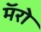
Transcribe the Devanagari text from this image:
मॅरो